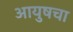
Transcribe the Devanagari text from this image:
आयुषचा